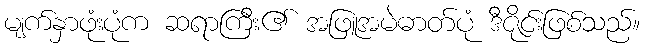
မျက်နှာဖုံးပုံက ဆရာကြီး၏ အဖြူအမဲဓာတ်ပုံ ဒီဇိုင်းဖြစ်သည်။